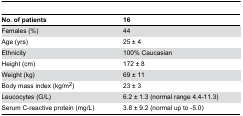
<table><thead><tr><td><b>No. of patients</b></td><td><b>16</b></td></tr></thead><tbody><tr><td>Females (%)</td><td>44</td></tr><tr><td>Age (yrs)</td><td>25 ± 4</td></tr><tr><td>Ethnicity</td><td>100% Caucasian</td></tr><tr><td>Height (cm)</td><td>172 ± 8</td></tr><tr><td>Weight (kg)</td><td>69 ± 11</td></tr><tr><td>Body mass index (kg/m<sup>2</sup>)</td><td>23 ± 3</td></tr><tr><td>Leucocytes (G/L)</td><td>6.2 ± 1.3 (normal range 4.4-11.3)</td></tr><tr><td>Serum C-reactive protein (mg/L) </td><td>3.8 ± 9.2 (normal up to -5.0)</td></tr></tbody></table>